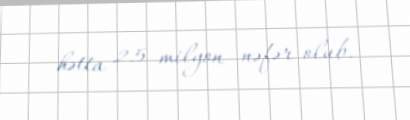
hətta 2.5 milyon nəfər olub.